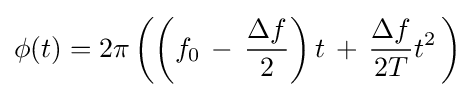
\phi (t)=2\pi \left(\left(f_{0}\,-\,{\frac {\Delta f}{2}}\right)t\,+\,{\frac {\Delta f}{2T}}t^{2}\,\right)